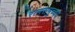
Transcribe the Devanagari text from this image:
रत्नसमुच्चय